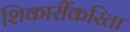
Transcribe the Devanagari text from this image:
शिकारींकरिता